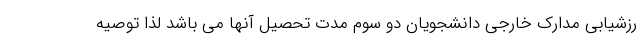
رزشیابی مدارک خارجی دانشجویان دو سوم مدت تحصیل آنها می باشد لذا توصیه